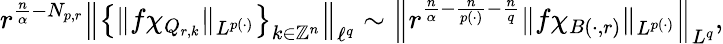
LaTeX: r^{\frac{n}{\alpha}-N_{p,r}}\left\| \left\{ \| f\chi_{Q_{r,k}}\| _{L^{p(\cdot)}}\right\} _{k\in\mathbb{Z}^{n}}\right\| _{\ell^{q}}\sim\left\| r^{\frac{n}{\alpha}-\frac{n}{p(\cdot)}-\frac{n}{q}}\| f\chi_{B(\cdot,r)}\| _{L^{p(\cdot)}}\right\| _{L^{q}},